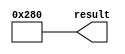
// megafunction wizard: %LPM_CONSTANT%
// GENERATION: STANDARD
// VERSION: WM1.0
// MODULE: lpm_constant 

// ============================================================
// Megafunction Name(s):
// 			lpm_constant
//
// Simulation Library Files(s):
// 			
// ============================================================
// ************************************************************
// THIS IS A WIZARD-GENERATED FILE. DO NOT EDIT THIS FILE!
//
// 9.1 Build 222 10/21/2009 SJ Full Version
// ************************************************************


//Copyright (C) 1991-2009 Altera Corporation
//Your use of Altera Corporation's design tools, logic functions 
//and other software and tools, and its AMPP partner logic 
//functions, and any output files from any of the foregoing 
//(including device programming or simulation files), and any 
//associated documentation or information are expressly subject 
//to the terms and conditions of the Altera Program License 
//Subscription Agreement, Altera MegaCore Function License 
//Agreement, or other applicable license agreement, including, 
//without limitation, that your use is for the sole purpose of 
//programming logic devices manufactured by Altera and sold by 
//Altera or its authorized distributors.  Please refer to the 
//applicable agreement for further details.


//lpm_constant CBX_AUTO_BLACKBOX="ALL" ENABLE_RUNTIME_MOD="NO" LPM_CVALUE=0000000000000000000000000000000000000000000000000000000000000280 LPM_WIDTH=256 result
//VERSION_BEGIN 9.1 cbx_lpm_constant 2009:10:21:21:22:16:SJ cbx_mgl 2009:10:21:21:37:49:SJ  VERSION_END
// synthesis VERILOG_INPUT_VERSION VERILOG_2001
// altera message_off 10463


//synthesis_resources = 
//synopsys translate_off
`timescale 1 ps / 1 ps
//synopsys translate_on
module  lpm_constantpaddleng_lpm_constant_tmb
	( 
	result) ;
	output   [255:0]  result;


	assign
		result = 256'b0000000000000000000000000000000000000000000000000000000000000000000000000000000000000000000000000000000000000000000000000000000000000000000000000000000000000000000000000000000000000000000000000000000000000000000000000000000000000000000000000000001010000000;
endmodule //lpm_constantpaddleng_lpm_constant_tmb
//VALID FILE


// synopsys translate_off
`timescale 1 ps / 1 ps
// synopsys translate_on
module lpm_constantpaddleng (
	result);

	output	[255:0]  result;

	wire [255:0] sub_wire0;
	wire [255:0] result = sub_wire0[255:0];

	lpm_constantpaddleng_lpm_constant_tmb	lpm_constantpaddleng_lpm_constant_tmb_component (
				.result (sub_wire0));

endmodule

// ============================================================
// CNX file retrieval info
// ============================================================
// Retrieval info: PRIVATE: INTENDED_DEVICE_FAMILY STRING "Cyclone II"
// Retrieval info: PRIVATE: JTAG_ENABLED NUMERIC "0"
// Retrieval info: PRIVATE: JTAG_ID STRING "NONE"
// Retrieval info: PRIVATE: Radix NUMERIC "16"
// Retrieval info: PRIVATE: SYNTH_WRAPPER_GEN_POSTFIX STRING "0"
// Retrieval info: PRIVATE: Value NUMERIC "640"
// Retrieval info: PRIVATE: nBit NUMERIC "256"
// Retrieval info: CONSTANT: LPM_CVALUE NUMERIC "640"
// Retrieval info: CONSTANT: LPM_HINT STRING "ENABLE_RUNTIME_MOD=NO"
// Retrieval info: CONSTANT: LPM_TYPE STRING "LPM_CONSTANT"
// Retrieval info: CONSTANT: LPM_WIDTH NUMERIC "256"
// Retrieval info: USED_PORT: result 0 0 256 0 OUTPUT NODEFVAL result[255..0]
// Retrieval info: CONNECT: result 0 0 256 0 @result 0 0 256 0
// Retrieval info: LIBRARY: lpm lpm.lpm_components.all
// Retrieval info: GEN_FILE: TYPE_NORMAL lpm_constantpaddleng.v TRUE
// Retrieval info: GEN_FILE: TYPE_NORMAL lpm_constantpaddleng.inc FALSE
// Retrieval info: GEN_FILE: TYPE_NORMAL lpm_constantpaddleng.cmp FALSE
// Retrieval info: GEN_FILE: TYPE_NORMAL lpm_constantpaddleng.bsf TRUE FALSE
// Retrieval info: GEN_FILE: TYPE_NORMAL lpm_constantpaddleng_inst.v FALSE
// Retrieval info: GEN_FILE: TYPE_NORMAL lpm_constantpaddleng_bb.v TRUE